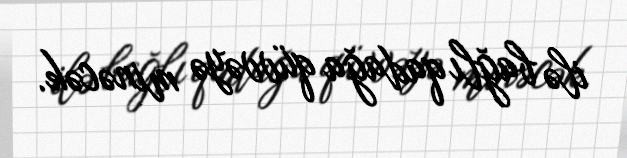
ilə bağlı qadağa qüvvəyə minəcək.